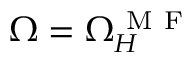
\Omega = \Omega _ { H } ^ { \mathrm { ~ M ~ F ~ } }